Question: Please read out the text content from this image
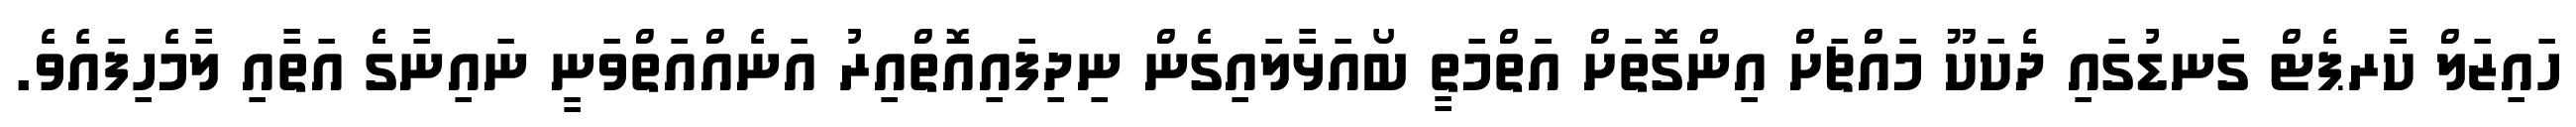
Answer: ހައިޒަލް ކާރޕެޓް ގަނޑުގައި ދެކަކޫ މައްޗަށް އިންގޮތަށް އަތްމަތީ ބޯއަޅާލައިގެން ނިދިފައިއޮތްއިރު އަނެއްއަތްވަނީ ނައިނާގެ އަތާއި ލާމެހިފައެވެ.